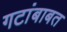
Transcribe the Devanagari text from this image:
गटांबाबत